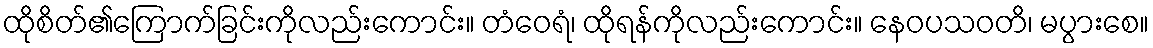
ထိုစိတ်၏ကြောက်ခြင်းကိုလည်းကောင်း။ တံဝေရံ၊ ထိုရန်ကိုလည်းကောင်း။ နေဝပသဝတိ၊ မပွားစေ။